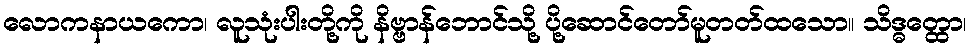
လောကနာယကော၊ လူသုံးပါးတို့ကို နိဗ္ဗာန်ဘောင်သို့ ပို့ဆောင်တော်မူတတ်ထသော။ သိဒ္ဓတ္ထော၊